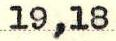
19,18